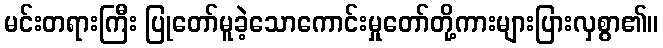
မင်းတရားကြီး ပြုတော်မူခဲ့သောကောင်းမှုတော်တို့ကားများပြားလှစွာ၏။